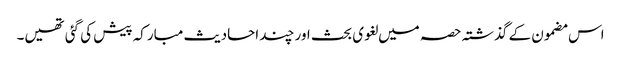
اس مضمون کے گذشتہ حصہ میں لغوی بحث اور چند احادیث مبارکہ پیش کی گئی تھیں۔